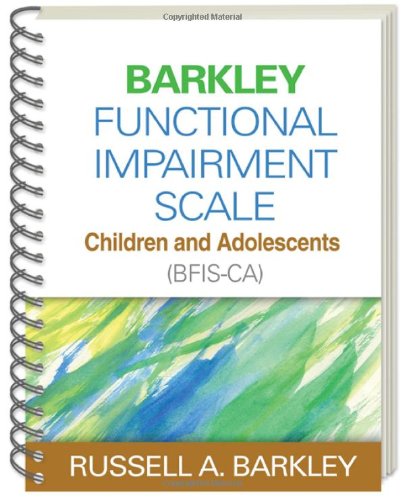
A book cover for Barkley Functional Impairment Scale--Children and Adolescents (BFIS-CA); Russell A. Barkley PhD  ABPP  ABCN; Health, Fitness & Dieting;